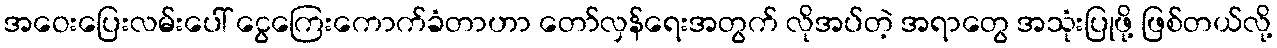
အဝေးပြေးလမ်းပေါ် ငွေကြေးကောက်ခံတာဟာ တော်လှန်ရေးအတွက် လိုအပ်တဲ့ အရာတွေ အသုံးပြုဖို့ ဖြစ်တယ်လို့